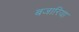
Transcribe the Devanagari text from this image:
बजारिया